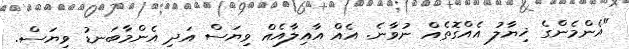
"އެންމެންގެ ޚިޔާލު އެއްގޮތެއް ނުވާނެ. އެއް އާއިލާއެއް ވިޔަސް އަދި އެންމާބަނޑު ވިޔަސް.